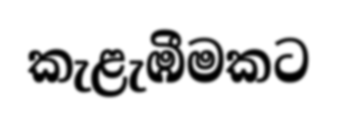
කැළැඹීමකට